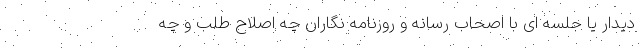
دیدار یا جلسه ای با اصحاب رسانه و روزنامه نگاران چه اصلاح طلب و چه